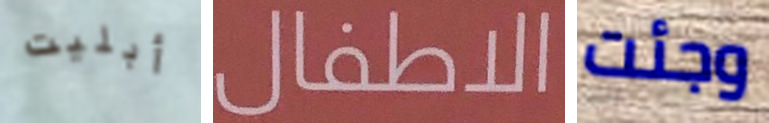
أبليت الاطفال وجئت